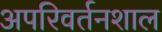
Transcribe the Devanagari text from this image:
अपरिवर्तनशाल